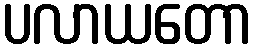
ပလာယတော